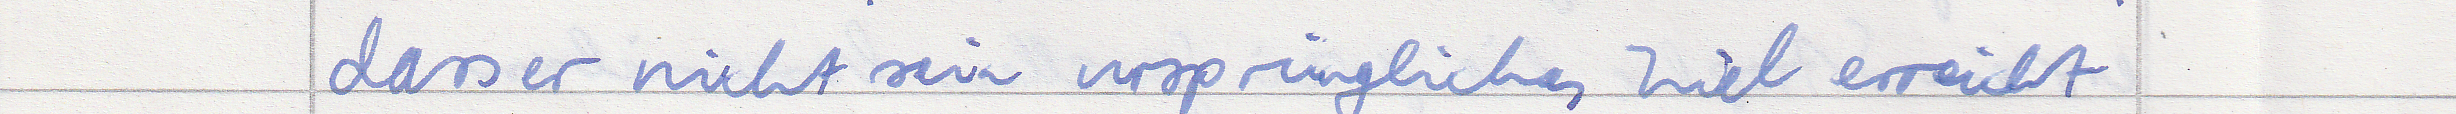
dass er nicht sein ursprüngliches Ziel erreicht